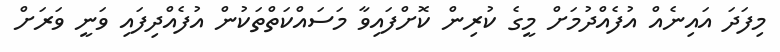
މިފަދަ އައިނެއް އުފެއްދުމަށް މީގެ ކުރިން ކޮށްފައިވާ މަސައްކަތްތަކުން އުފެއްދިފައި ވަނީ ވަރަށް